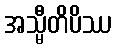
အသ္မီတိပိဿ